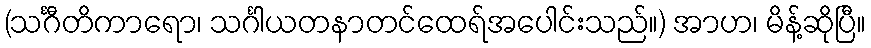
(သင်္ဂီတိကာရော၊ သင်္ဂါယတနာတင်ထေရ်အပေါင်းသည်။) အာဟ၊ မိန့်ဆိုပြီ။